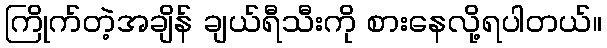
ကြိုက်တဲ့အချိန် ချယ်ရီသီးကို စားနေလို့ရပါတယ်။